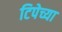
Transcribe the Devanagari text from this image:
टिपेच्या